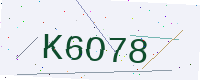
Text: K6O78